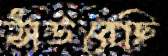
ঠাউরেছি